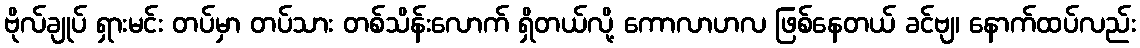
ဗိုလ်ချုပ် ရှားမင်း တပ်မှာ တပ်သား တစ်သိန်းလောက် ရှိတယ်လို့ ကောလာဟလ ဖြစ်နေတယ် ခင်ဗျ၊ နောက်ထပ်လည်း